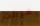
فرغت